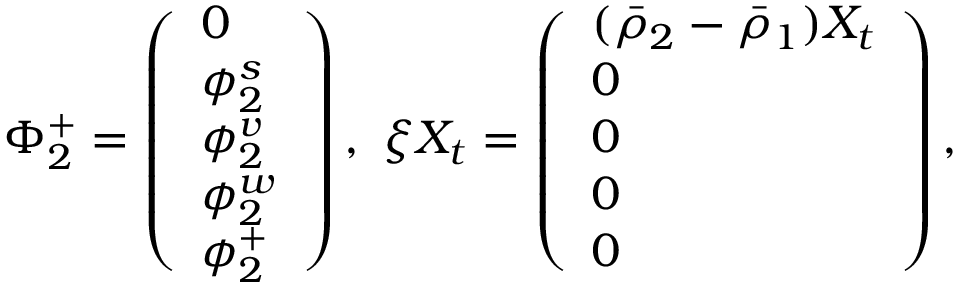
\Phi _ { 2 } ^ { + } = \left( \begin{array} { l } { 0 } \\ { \phi _ { 2 } ^ { s } } \\ { \phi _ { 2 } ^ { v } } \\ { \phi _ { 2 } ^ { w } } \\ { \phi _ { 2 } ^ { + } } \end{array} \right) , \ \xi X _ { t } = \left( \begin{array} { l } { ( \bar { \rho } _ { 2 } - \bar { \rho } _ { 1 } ) X _ { t } } \\ { 0 } \\ { 0 } \\ { 0 } \\ { 0 } \end{array} \right) ,